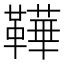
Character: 鞾